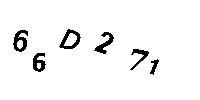
66D271